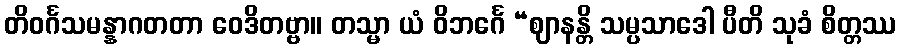
တိဝင်္ဂသမန္နာဂတတာ ဝေဒိတဗ္ဗာ။ တသ္မာ ယံ ဝိဘင်္ဂေ “ဈာနန္တိ သမ္ပသာဒေါ ပီတိ သုခံ စိတ္တဿ